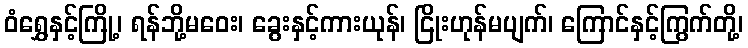
ဝံရွှေနှင့်ကြို့၊ ရန်ဘို့မဝေး၊ ခွေးနှင့်ကားယုန်၊ ငြိုးဟုန်မပျက်၊ ကြောင်နှင့်ကြွက်တို့၊